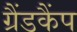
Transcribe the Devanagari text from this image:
ग्रैंडकैंप